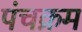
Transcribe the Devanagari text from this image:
पंचक्रम